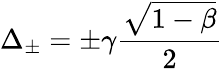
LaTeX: \Delta_{\pm}=\pm\gamma\frac{\sqrt{1-\beta}}{2}